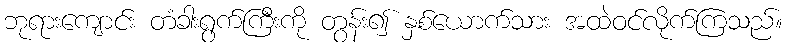
ဘုရားကျောင်း တံခါးရွက်ကြီးကို တွန်း၍ နှစ်ယောက်သား အထဲဝင်လိုက်ကြသည်။